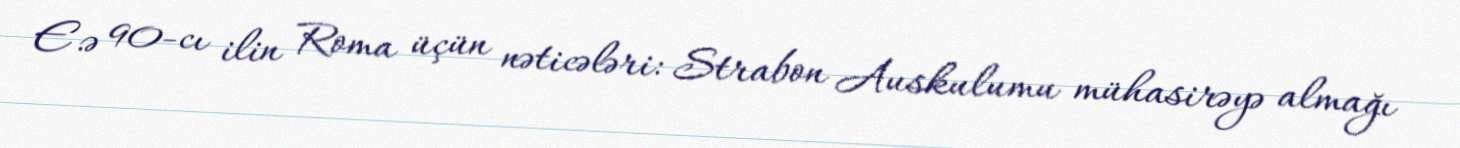
E.ə 90-cı ilin Roma üçün nəticələri: Strabon Auskulumu mühasirəyə almağı